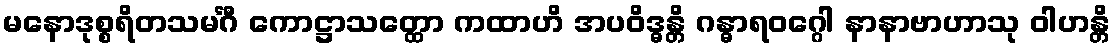
မနောဒုစ္စရိတသမင်္ဂီ ကောဋ္ဌာသတ္ထော ကထာဟိ အပဝိဒ္ဓန္တိ ဂန္ဓာရဝဂ္ဂေါ နာနာဗာဟာသု ဝါဟန္တိ